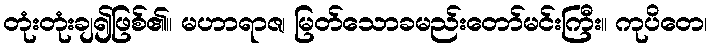
တုံးတုံးချ၍ဖြစ်၏။ မဟာရာဇ၊ မြတ်သောခမည်းတော်မင်းကြီး။ ကုပိတေ၊